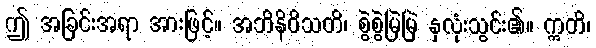
ဤ အခြင်းအရာ အားဖြင့်။ အဘိနိဝိသတိ၊ စွဲစွဲမြဲမြဲ နှလုံးသွင်း၏။ ဣတိ၊